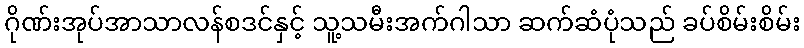
ဂိုဏ်းအုပ်အာသာလန်စဒင်နှင့် သူ့သမီးအက်ဂါသာ ဆက်ဆံပုံသည် ခပ်စိမ်းစိမ်း